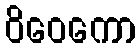
ဝိဝေကော